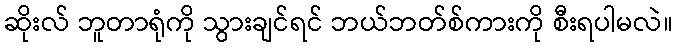
ဆိုးလ် ဘူတာရုံကို သွားချင်ရင် ဘယ်ဘတ်စ်ကားကို စီးရပါမလဲ။